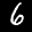
Label: 6